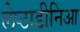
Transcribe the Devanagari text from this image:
लेप्टाडीनिआ